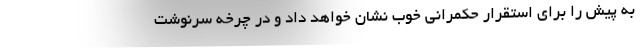
به پیش را برای استقرار حکمرانی خوب نشان خواهد داد و در چرخه سرنوشت